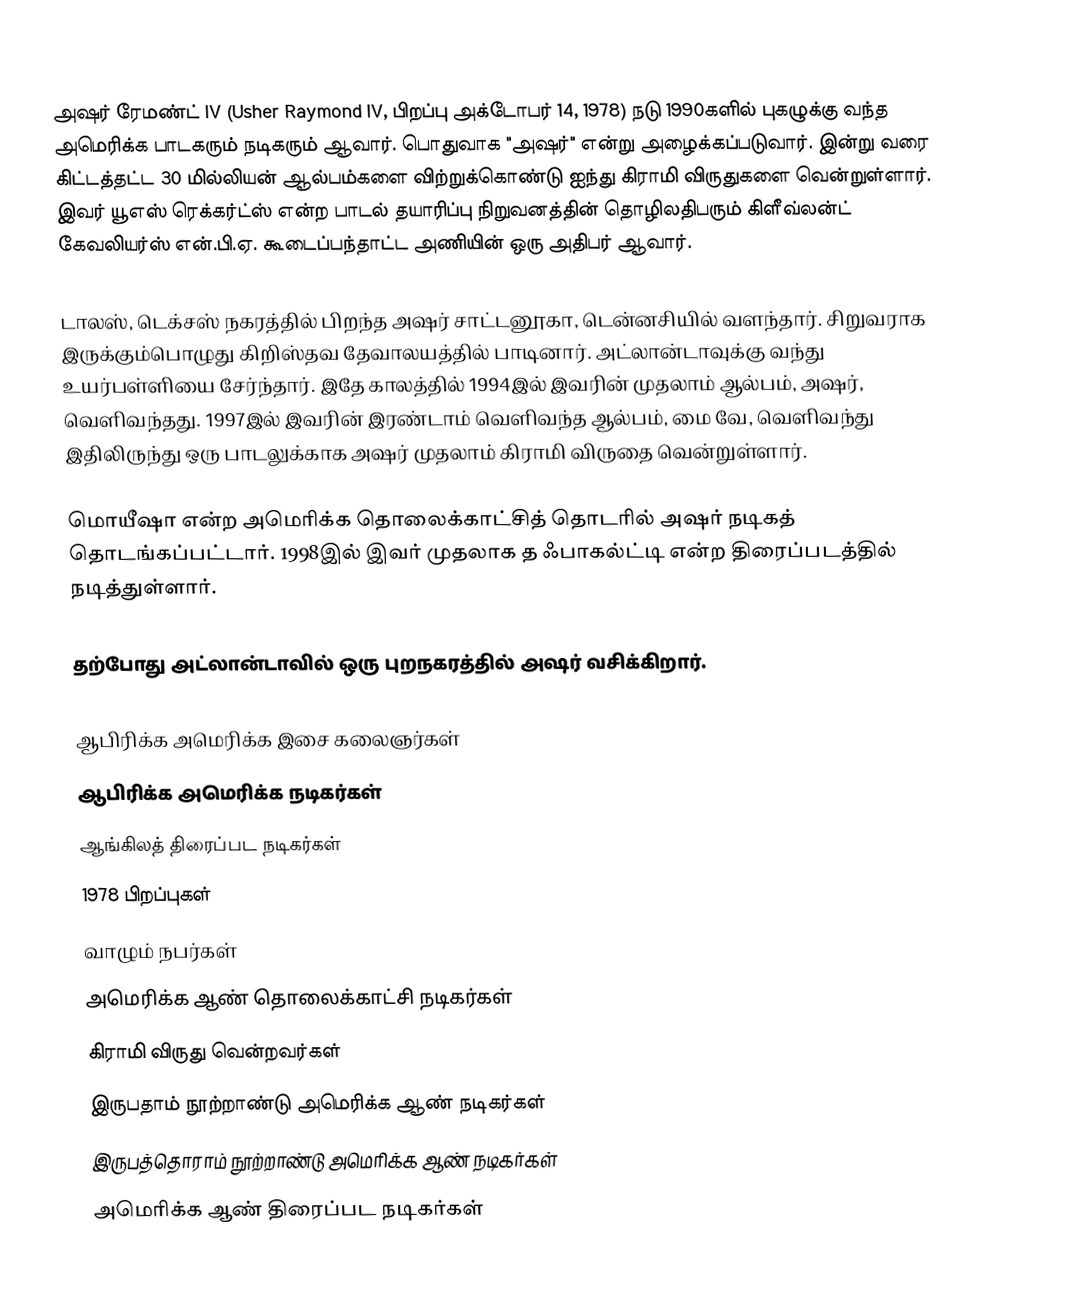
அஷர் ரேமண்ட் IV (Usher Raymond IV, பிறப்பு அக்டோபர் 14, 1978) நடு 1990களில் புகழுக்கு வந்த அமெரிக்க பாடகரும் நடிகரும் ஆவார். பொதுவாக "அஷர்" என்று அழைக்கப்படுவார். இன்று வரை கிட்டத்தட்ட 30 மில்லியன் ஆல்பம்களை விற்றுக்கொண்டு ஐந்து கிராமி விருதுகளை வென்றுள்ளார். இவர் யூஎஸ் ரெக்கர்ட்ஸ் என்ற பாடல் தயாரிப்பு நிறுவனத்தின் தொழிலதிபரும் கிளீவ்லன்ட் கேவலியர்ஸ் என்.பி.ஏ. கூடைப்பந்தாட்ட அணியின் ஒரு அதிபர் ஆவார்.

டாலஸ், டெக்சஸ் நகரத்தில் பிறந்த அஷர் சாட்டனூகா, டென்னசியில் வளந்தார். சிறுவராக இருக்கும்பொழுது கிறிஸ்தவ தேவாலயத்தில் பாடினார். அட்லான்டாவுக்கு வந்து உயர்பள்ளியை சேர்ந்தார். இதே காலத்தில் 1994இல் இவரின் முதலாம் ஆல்பம், அஷர், வெளிவந்தது. 1997இல் இவரின் இரண்டாம் வெளிவந்த ஆல்பம், மை வே, வெளிவந்து இதிலிருந்து ஒரு பாடலுக்காக அஷர் முதலாம் கிராமி விருதை வென்றுள்ளார்.

மொயீஷா என்ற அமெரிக்க தொலைக்காட்சித் தொடரில் அஷர் நடிகத் தொடங்கப்பட்டார். 1998இல் இவர் முதலாக த ஃபாகல்ட்டி என்ற திரைப்படத்தில் நடித்துள்ளார்.

தற்போது அட்லான்டாவில் ஒரு புறநகரத்தில் அஷர் வசிக்கிறார்.

ஆபிரிக்க அமெரிக்க இசை கலைஞர்கள்
ஆபிரிக்க அமெரிக்க நடிகர்கள்
ஆங்கிலத் திரைப்பட நடிகர்கள்
1978 பிறப்புகள்
வாழும் நபர்கள்
அமெரிக்க ஆண் தொலைக்காட்சி நடிகர்கள்
கிராமி விருது வென்றவர்கள்
இருபதாம் நூற்றாண்டு அமெரிக்க ஆண் நடிகர்கள்
இருபத்தொராம் நூற்றாண்டு அமெரிக்க ஆண் நடிகர்கள்
அமெரிக்க ஆண் திரைப்பட நடிகர்கள்